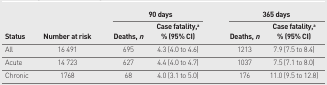
<table><thead><tr><td rowspan="3"><b>Status</b></td><td rowspan="3"><b>Number at risk</b></td><td colspan="2"><b>90 days</b></td><td colspan="2"><b>365 days</b></td></tr><tr><td><b>Deaths, <i>n</i></b></td><td><b>Case fatality,<sup>a</sup> % (95% CI)</b></td><td><b>Deaths, <i>n</i></b></td><td><b>Case fatality, <sup>a</sup> % (95% CI)</b></td></tr></thead><tbody><tr><td>All</td><td>16 491</td><td>695</td><td>4.3 (4.0 to 4.6)</td><td>1213</td><td>7.9 (7.5 to 8.4)</td></tr><tr><td>Acute</td><td>14 723</td><td>627</td><td>4.4 (4.0 to 4.7)</td><td>1037</td><td>7.5 (7.1 to 8.0)</td></tr><tr><td>Chronic</td><td>1768</td><td>68</td><td>4.0 (3.1 to 5.0)</td><td>176</td><td>11.0 (9.5 to 12.8)</td></tr></tbody></table>